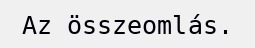
Az összeomlás.